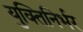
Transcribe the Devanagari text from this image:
युक्तिनिर्भर